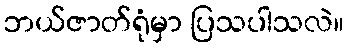
ဘယ်ဇာတ်ရုံမှာ ပြသပါသလဲ။